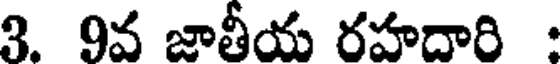
3. 9వ జాతీయ రహదారి :